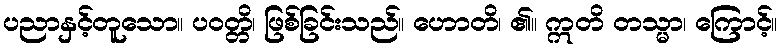
ပညာနှင့်တူသော။ ပဝတ္တိ၊ ဖြစ်ခြင်းသည်။ ဟောတိ၊ ၏။ ဣတိ တသ္မာ၊ ကြောင့်။